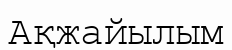
Ақжайылым